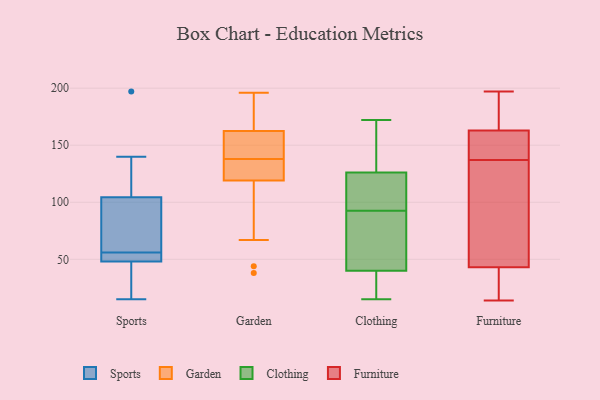
{"axis": {"x": "Budget (USD K)", "y": "Value"}, "legend": ["Clothing", "Furniture", "Garden", "Sports"], "data": [{"x": "", "y": 52, "type": "Sports"}, {"x": "", "y": 120, "type": "Sports"}, {"x": "", "y": 89, "type": "Sports"}, {"x": "", "y": 140, "type": "Sports"}, {"x": "", "y": 15, "type": "Sports"}, {"x": "", "y": 60, "type": "Sports"}, {"x": "", "y": 51, "type": "Sports"}, {"x": "", "y": 83, "type": "Sports"}, {"x": "", "y": 45, "type": "Sports"}, {"x": "", "y": 52, "type": "Sports"}, {"x": "", "y": 33, "type": "Sports"}, {"x": "", "y": 197, "type": "Sports"}, {"x": "", "y": 131, "type": "Garden"}, {"x": "", "y": 186, "type": "Garden"}, {"x": "", "y": 44, "type": "Garden"}, {"x": "", "y": 38, "type": "Garden"}, {"x": "", "y": 196, "type": "Garden"}, {"x": "", "y": 136, "type": "Garden"}, {"x": "", "y": 140, "type": "Garden"}, {"x": "", "y": 117, "type": "Garden"}, {"x": "", "y": 158, "type": "Garden"}, {"x": "", "y": 67, "type": "Garden"}, {"x": "", "y": 174, "type": "Garden"}, {"x": "", "y": 167, "type": "Garden"}, {"x": "", "y": 145, "type": "Garden"}, {"x": "", "y": 122, "type": "Garden"}, {"x": "", "y": 121, "type": "Garden"}, {"x": "", "y": 142, "type": "Garden"}, {"x": "", "y": 110, "type": "Clothing"}, {"x": "", "y": 92, "type": "Clothing"}, {"x": "", "y": 38, "type": "Clothing"}, {"x": "", "y": 71, "type": "Clothing"}, {"x": "", "y": 93, "type": "Clothing"}, {"x": "", "y": 120, "type": "Clothing"}, {"x": "", "y": 138, "type": "Clothing"}, {"x": "", "y": 15, "type": "Clothing"}, {"x": "", "y": 22, "type": "Clothing"}, {"x": "", "y": 172, "type": "Clothing"}, {"x": "", "y": 19, "type": "Clothing"}, {"x": "", "y": 121, "type": "Clothing"}, {"x": "", "y": 153, "type": "Clothing"}, {"x": "", "y": 47, "type": "Clothing"}, {"x": "", "y": 42, "type": "Clothing"}, {"x": "", "y": 131, "type": "Clothing"}, {"x": "", "y": 107, "type": "Furniture"}, {"x": "", "y": 197, "type": "Furniture"}, {"x": "", "y": 19, "type": "Furniture"}, {"x": "", "y": 137, "type": "Furniture"}, {"x": "", "y": 14, "type": "Furniture"}, {"x": "", "y": 197, "type": "Furniture"}, {"x": "", "y": 159, "type": "Furniture"}, {"x": "", "y": 34, "type": "Furniture"}, {"x": "", "y": 157, "type": "Furniture"}, {"x": "", "y": 27, "type": "Furniture"}, {"x": "", "y": 46, "type": "Furniture"}, {"x": "", "y": 57, "type": "Furniture"}, {"x": "", "y": 140, "type": "Furniture"}, {"x": "", "y": 194, "type": "Furniture"}, {"x": "", "y": 148, "type": "Furniture"}, {"x": "", "y": 175, "type": "Furniture"}, {"x": "", "y": 90, "type": "Furniture"}]}